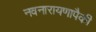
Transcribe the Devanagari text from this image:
नवनारायणापैकी